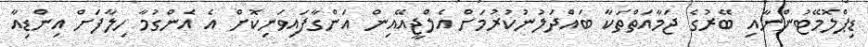
ޑިޕްލޮމޭޓުންނާއި ބޭރުގެ ޖަމާއަތްތަކާ ބައްދަލުނުކުރުމަށް އެލްޖީއޭއިން އަންގާފައިވަނިކޮށް އެ އެންގުމާ ހިލާފަށް އިންޑިއާ